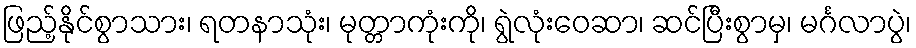
ဖြည့်နိုင်စွာသား၊ ရတနာသုံး၊ မုတ္တာကုံးကို၊ ရွဲလုံးဝေဆာ၊ ဆင်ပြီးစွာမှ၊ မင်္ဂလာပွဲ၊